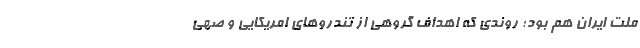
ملت ایران هم بود؛ روندی که اهداف گروهی از تندروهای امریکایی و صهی